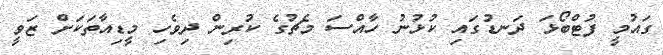
ގައުމީ ފުޓްބޯޅަ ދަނޑުގައި ކުޅުނު ހާއްސަ މެޗުގެ ކުރިން ދިވެހި މީޑިއާތަކަށް ޒަވީ